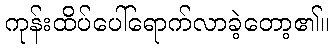
ကုန်းထိပ်ပေါ်ရောက်လာခဲ့တော့၏။